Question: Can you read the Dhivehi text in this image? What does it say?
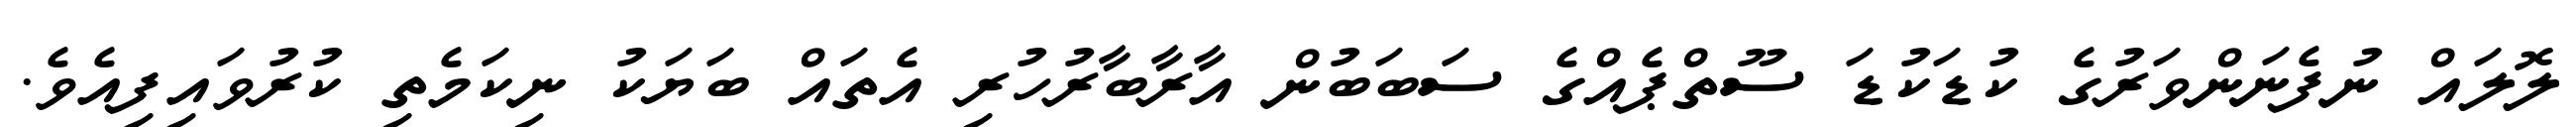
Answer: ލޮލައް ނުފެނަންވަރުގެ ކުޑަކުޑަ ސޫތްޕެއްގެ ސަބަބުން އާރާބާރުހުރި އެތައް ބަޔަކު ނިކަމެތި ކުރުވައިފިއެވެ.